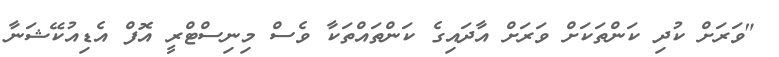
"ވަރަށް ކުދި ކަންތަކަށް ވަރަށް އާދައިގެ ކަންތައްތަކާ ވެސް މިނިސްޓްރީ އޮފް އެޑިއުކޭޝަނާ